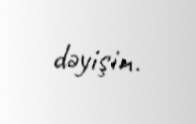
dəyişin.